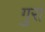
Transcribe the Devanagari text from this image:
गुरां